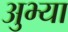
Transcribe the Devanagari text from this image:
अुभ्या